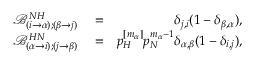
\begin{array} { r l r } { \mathcal { B } _ { ( i \to \alpha ) ; ( \beta \to j ) } ^ { N H } } & { { } = } & { \delta _ { j , i } ( 1 - \delta _ { \beta , \alpha } ) , } \\ { \mathcal { B } _ { ( \alpha \to i ) ; ( j \to \beta ) } ^ { H N } } & { { } = } & { p _ { H } ^ { [ m _ { \alpha } ] } p _ { N } ^ { m _ { \alpha } - 1 } \delta _ { \alpha , \beta } ( 1 - \delta _ { i , j } ) , } \end{array}